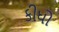
કીધો